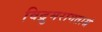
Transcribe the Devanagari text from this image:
विद्रुमरागताम्रं